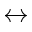
\leftrightarrow